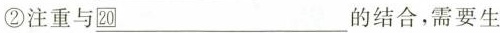
②注重与\underline{20}的结合，需要生